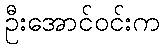
ဦးအောင်ဝင်းက